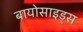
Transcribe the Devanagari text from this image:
बायोसाइड्स